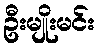
ဦးမျိုးမင်း